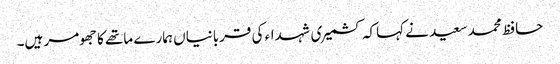
حافظ محمد سعید نے کہاکہ کشمیری شہداء کی قربانیاں ہمارے ماتھے کا جھومر ہیں۔